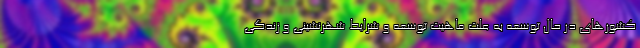
کشورهای در حال توسعه به علت ماهیت توسعه و شرایط شهرنشینی و زندگی